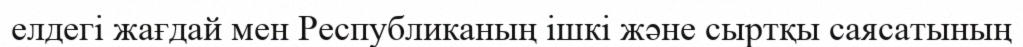
елдегі жағдай мен Республиканың ішкі және сыртқы саясатының